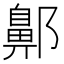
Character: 𨞳